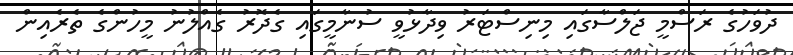
ދުވަހުގެ ރަސްމީ ޖަލްސާގައި މިނިސްޓަރު ވިދާޅުވީ ސުނާމީގައި ގެދޮރު ގެއްލުނު މީހުންގެ ތެރެއިން